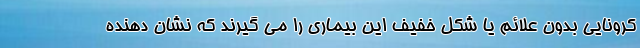
کرونایی بدون علائم یا شکل خفیف این بیماری را می گیرند که نشان دهنده